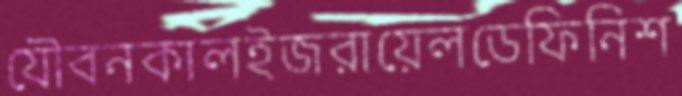
যৌবনকালইজরায়েলডেফিনিশ